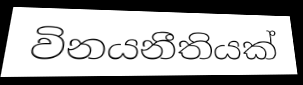
විනයනීතියක්